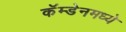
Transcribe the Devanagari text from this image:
कॅम्डेनमध्ये